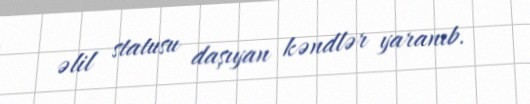
əlil statusu daşıyan kəndlər yaranıb.